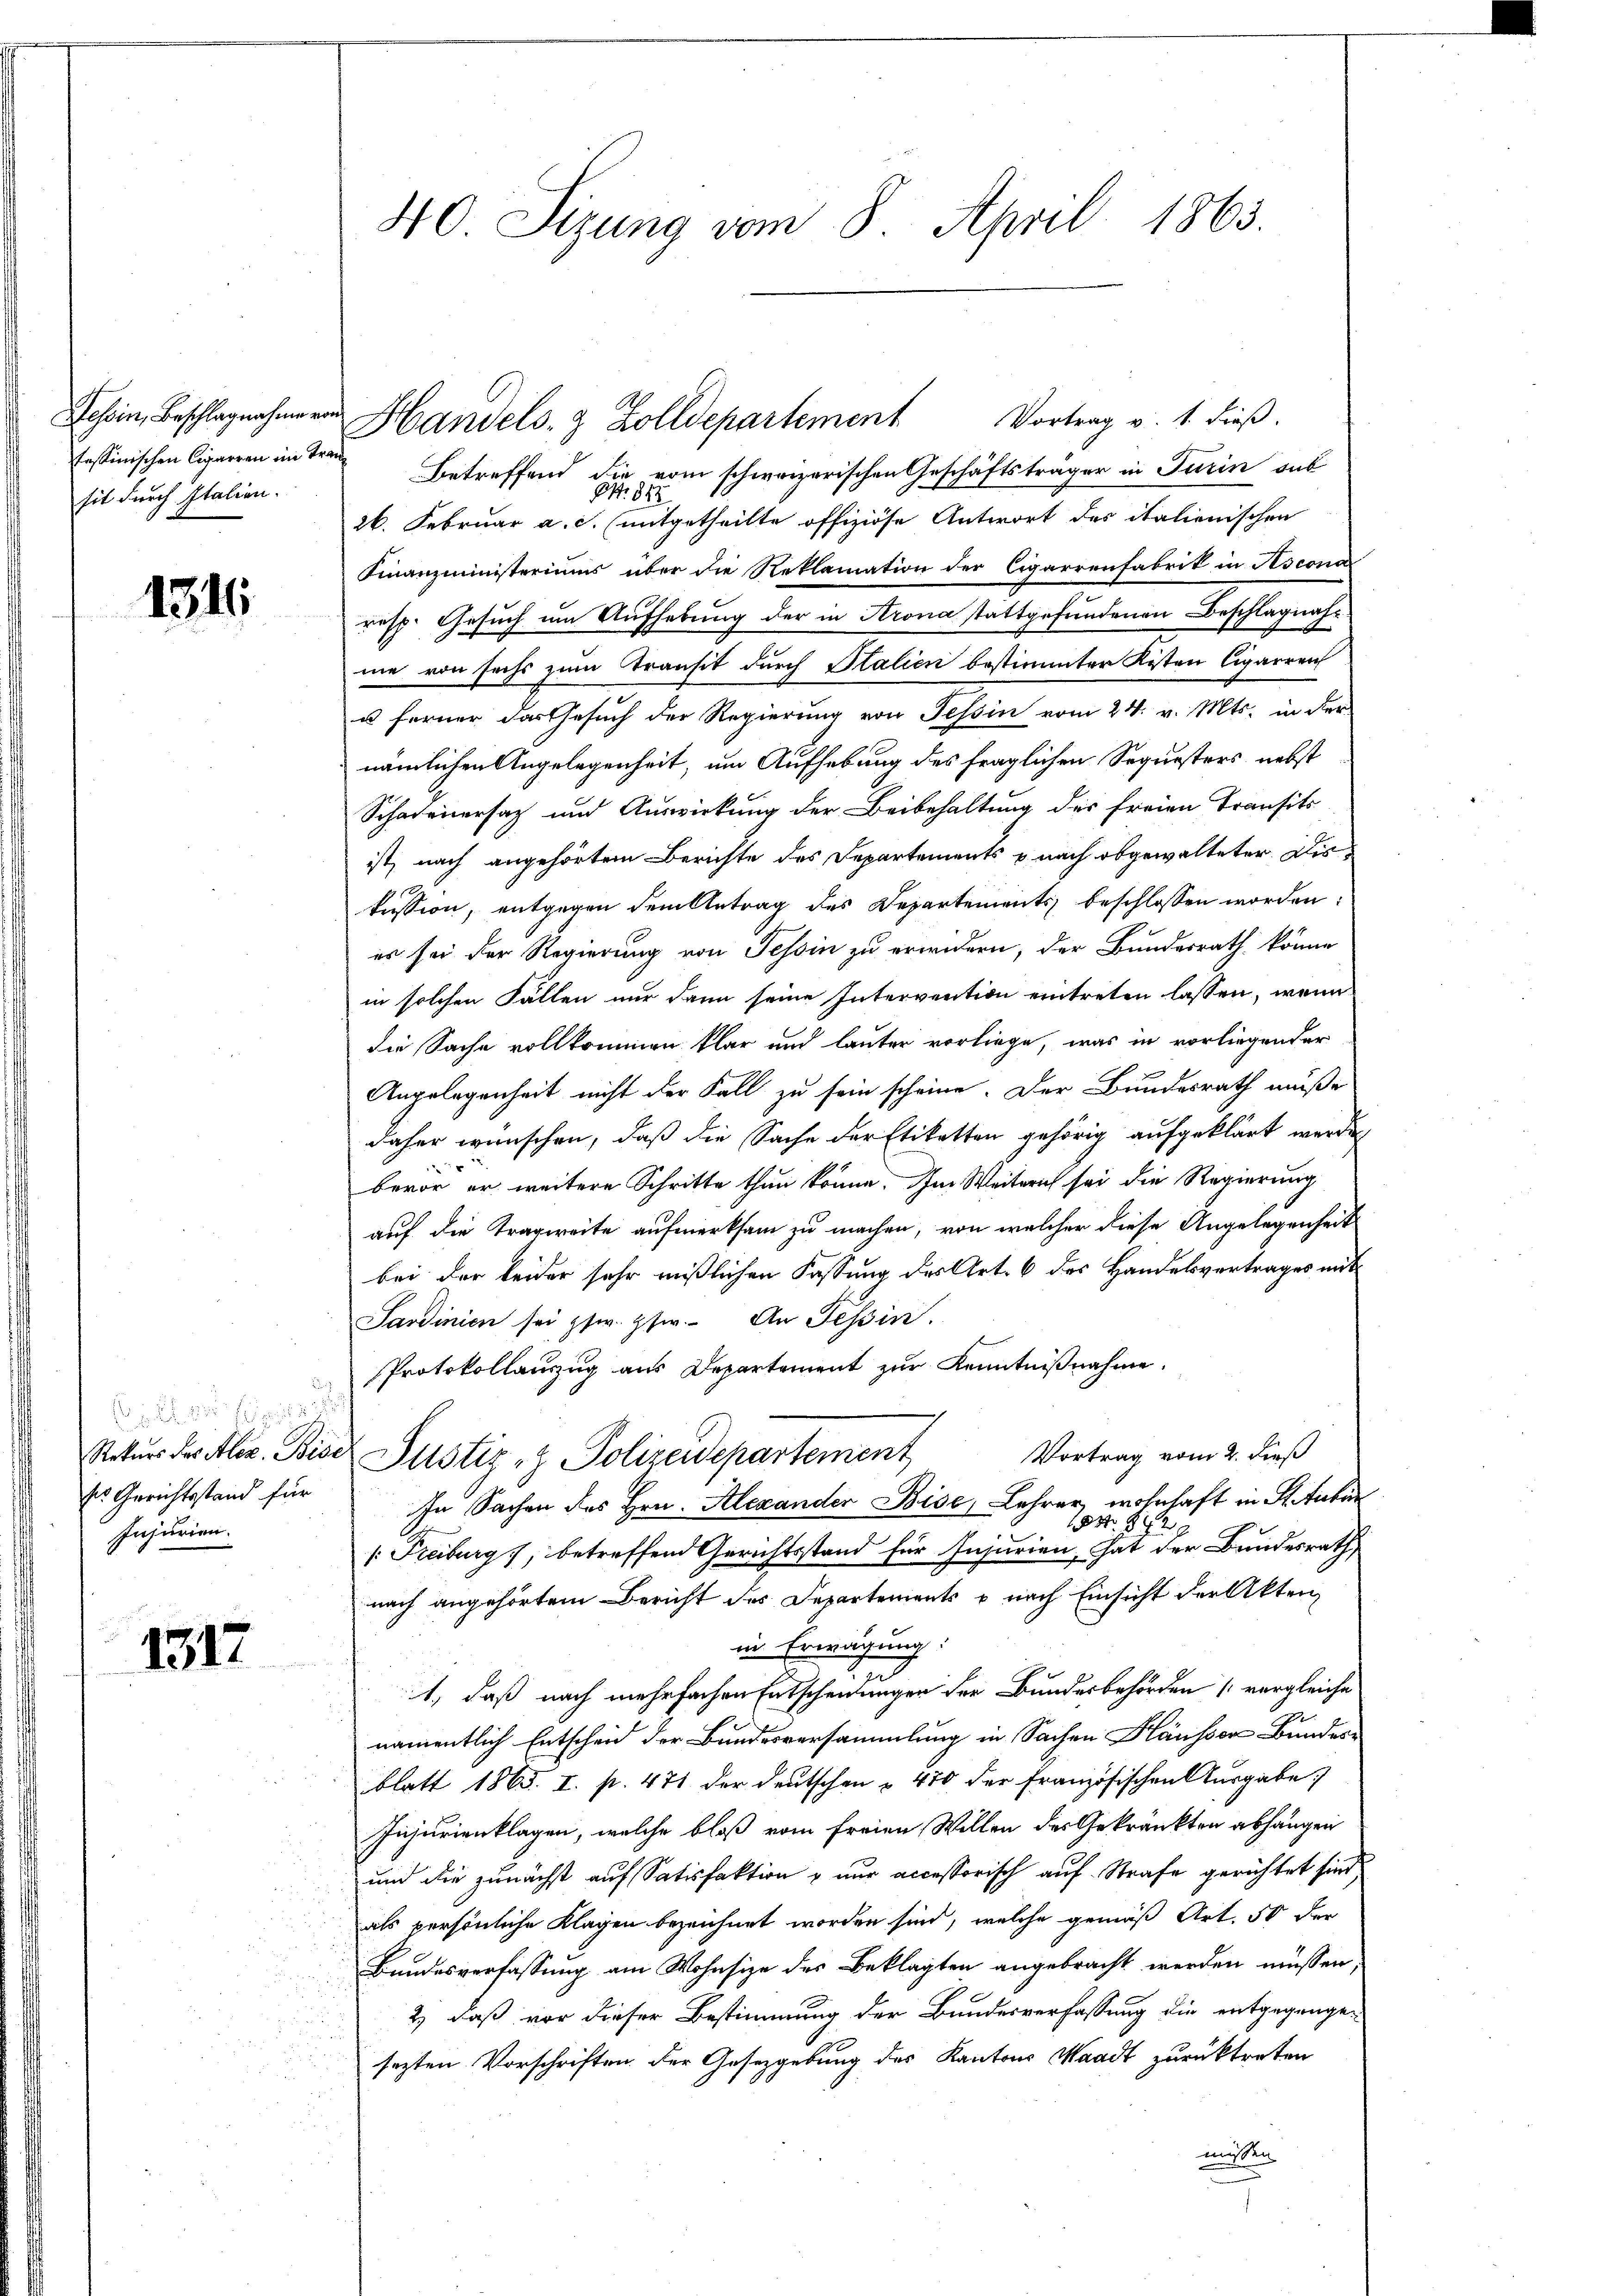
tessinischen Cigarren im Transit durch Italien.

1316

o. 1805. 12
ses Gerichtsstand für
Injurien.

1317

40 Sizung vom 8. April 1863.

Betreffend die vom schweizerischen Geschäftsträger in Turin aus
N: 848
1. Februar a.c. (mitgetheilte offiziöse Antwort des italienischen
Finanzministeriums über die Reklamation der Cigarrenfabrik in Asconar
resp. Gesuch um Aufhebung der in Krona stattgefundenen Beschlagnahne von sechs zum Transit durch Italien bestimmter Kosten Cigarren
u ferner das Gesuch der Regierung von Tessin vom 24. v. Mts. in der
nämlichen Angelegenheit, um Aufhebung des fraglichen Sequesters nebst
Schadenersatz und Auswirkung der Beibehaltung des freien Transits
ist, nach angehörtem Berichte des Departements & nach abgewalteter Diskussion, entgegen dem Antrag des Departements beschlossen worden:
es sei der Regierung von Tessin zu erwidern, der Bundesrath könne
in solchen Fällen nur dann seine Intervention eintreten lassen, wenn
die Sache vollkommen klar und lauter vorliege, was in vorliegender
Angelegenheit nicht der Fall zu sein scheine. Der Bundesrath müße
daher wünschen, daß die Sache der Etiketten gehörig aufgeklärt werden
bevor er weitere Schritte thun könne. Im Weitern sei die Regierung
auf die Tragweite aufmerksam zu machen, von welcher diese Angelegenheit
bei der leider sehr mißlichen Fassung des Art. 6 des Handelsvertrages mit¬
Sardinien sei pfw. psw. An Tessin.
Protokollauszug aus Departement zur Kenntnißnahme.
Vortrag vom 2. dieß
Rekŭrs des Alex. Bise Justiz- & Polizeidepartement
In Sachen des Hrn. Alexander Bise, Lehrer, wohnhaft in Stubur
N 222
[: Freiburg, betreffend Gerichtsstand für Injurien, hat der Bundesrath
nach angehörtem Bericht des Departements u nach Einsicht der Akten,
in Erwägung:
1., daß nach mehrfachen Entscheidungen der Bundesbehörden (vergleiche
namentlich Entscheid der Bundesversammlung in Sachen Häusser Bunden
blatt 1865. I. p. 471 der deutschen " 470 der französischen Ausgabe
Injurienklagen, welche bloß vom freien Willen des Gekränkten abhängen
und die zunächst auf Satisfaktion & nur accessorisch auf Strafe gerichtet sind,
als persönliche Klagen bezeichnet worden sind, welche gemäß Art. 50 der
Bundesverfassung am Wohnsize des Beklagten angebracht werden müssen;
2) daß vor dieser Bestimmung der Bundesverfassung die entgegangen
sezten Vorschriften der Gesetzgebung des Kantons Waadt zurücktreten
müssen

ech Handels Zolldepartement Vortrag v. 1. dieβ.